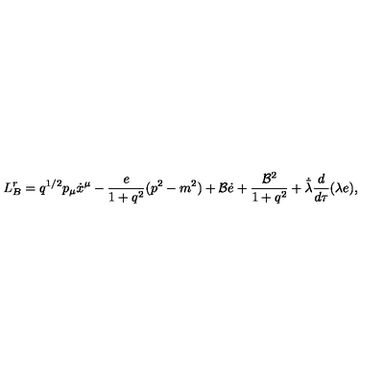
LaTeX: L _ { B } ^ { r } = q ^ { 1 / 2 } p _ { \mu } \dot { x } ^ { \mu } - \frac { e } { 1 + q ^ { 2 } } ( p ^ { 2 } - m ^ { 2 } ) + { \cal B } \dot { e } + \frac { { \cal B } ^ { 2 } } { 1 + q ^ { 2 } } + \dot { \bar { \lambda } } \frac { d } { d \tau } ( \lambda e ) ,